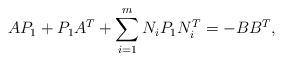
LaTeX: \begin{align*}A P_1+P_1 A^T+\sum_{i=1}^m N_i P_1 N_i^T = -B B^T,\end{align*}